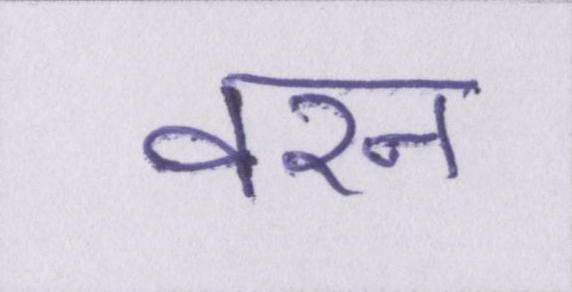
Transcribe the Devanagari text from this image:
वरन